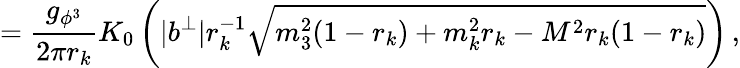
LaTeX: =\frac{g_{\phi^{3}}}{2\pi r_{k}}K_{0}\left(|b^{\perp}|r_{k}^{-1}\sqrt{m_{3}^{2}(1-r_{k})+m_{k}^{2}r_{k}-M^{2}r_{k}(1-r_{k})}\right)\, ,